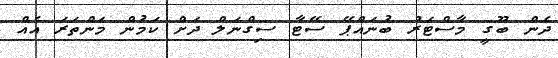
ދެން ބޫގީ މާސްޓަރު ބުނައްޕޭ ސޭޓާ ސިގްނަލް ދަށް ކަމުން މަންތަރަ އެއް